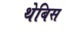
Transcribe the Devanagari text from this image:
थेबिस